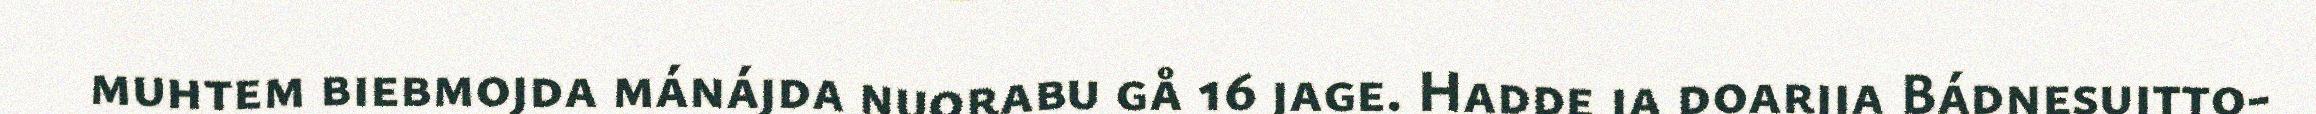
muhtem biebmojda mánájda nuorabu gå 16 jage. Hadde ja doarjja Bádnesujtto-